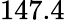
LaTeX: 147.4